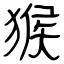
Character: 猴